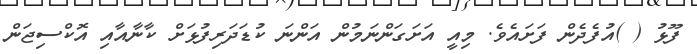
ފޫޅު ( )އުފެދެން ފަށައެވެ. މިއީ އަށަގަންނަމުން އަންނަ ކުޑަދަރިފުޅަށް ކާނާއާއި އޮކްސިޖަން